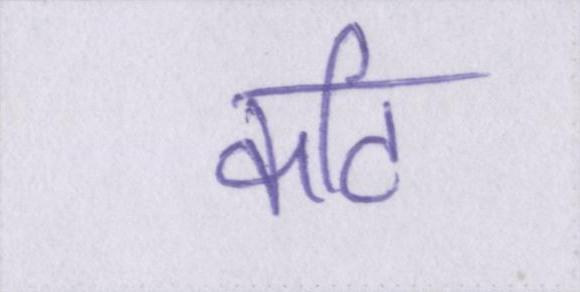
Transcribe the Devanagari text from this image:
कटि